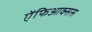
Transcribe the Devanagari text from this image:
ऐंफिआक्सस